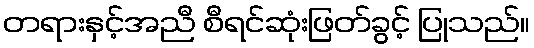
တရားနှင့်အညီ စီရင်ဆုံးဖြတ်ခွင့် ပြုသည်။